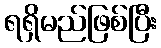
ရရှိမည်ဖြစ်ပြီး